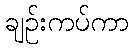
ချဉ်းကပ်ကာ